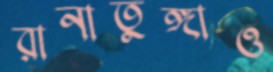
রানাতুঙ্গাও